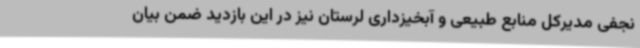
نجفی مدیرکل منابع طبیعی و آبخیزداری لرستان نیز در این بازدید ضمن بیان